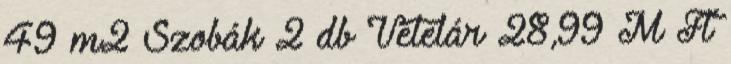
49 m2 Szobák 2 db Vételár 28,99 M Ft